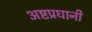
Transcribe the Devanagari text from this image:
अष्टप्रधानी